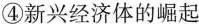
④新兴经济体的崛起